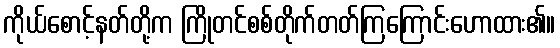
ကိုယ်စောင့်နတ်တို့က ကြိုတင်စစ်တိုက်တတ်ကြကြောင်းဟောထား၏။